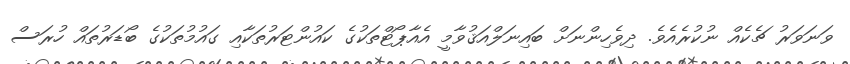
ވަނަވަރު ޗެކެއް ނުކުރެއެވެ. ދިވެހިންނަށް ބައިނަލްއަޤުވާމީ އެއާޕޯޓްތަކުގެ ކައުންޓަރުތަކާއި ގައުމުތަކުގެ ބޯޑަރުތައް ހުރަސް